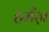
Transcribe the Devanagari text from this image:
हर्मंज़